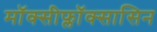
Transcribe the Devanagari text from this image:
मॉक्सीफ्लॉक्सासिन